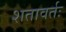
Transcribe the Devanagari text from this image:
शतावर्तः